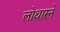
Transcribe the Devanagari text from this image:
लोथारने